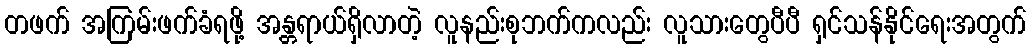
တဖက် အကြမ်းဖက်ခံရဖို့ အန္တရာယ်ရှိလာတဲ့ လူနည်းစုဘက်ကလည်း လူသားတွေပီပီ ရှင်သန်နိုင်ရေးအတွက်